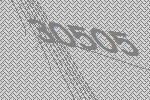
30505